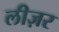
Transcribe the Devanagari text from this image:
लीज़र